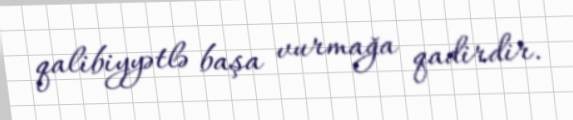
qalibiyyətlə başa vurmağa qadirdir.